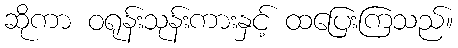
ဆိုကာ ဝရုန်းသုန်းကားနှင့် ထပြေးကြသည်။